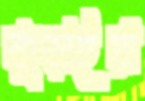
কুড়াইয়া